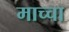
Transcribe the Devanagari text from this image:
माच्चा